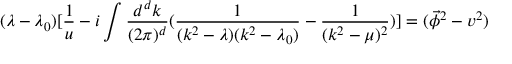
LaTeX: ( \lambda - \lambda _ { 0 } ) [ \frac { 1 } { u } - i \int \frac { d ^ { d } { k } } { ( 2 \pi ) ^ { d } } ( \frac { 1 } { ( k ^ { 2 } - \lambda ) ( k ^ { 2 } - \lambda _ { 0 } ) } - \frac { 1 } { ( k ^ { 2 } - \mu ) ^ { 2 } } ) ] = ( \vec { \phi } ^ { 2 } - v ^ { 2 } )